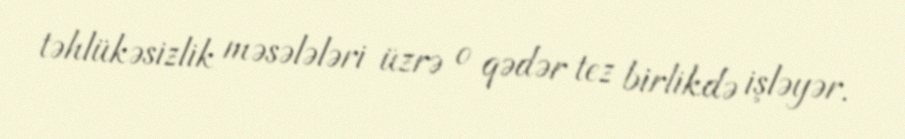
təhlükəsizlik məsələləri üzrə o qədər tez birlikdə işləyər.